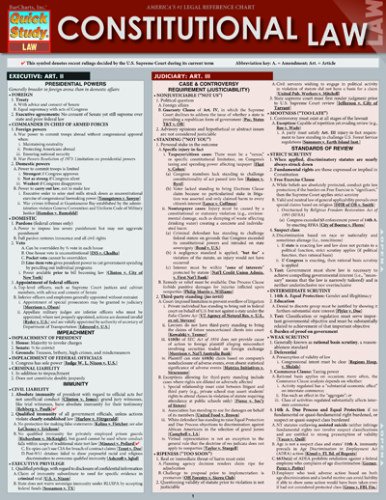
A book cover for Constitutional Law (Quick Study: Law); Inc. BarCharts; Test Preparation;